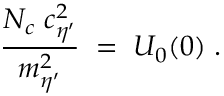
\frac { N _ { c } \; c _ { \eta ^ { \prime } } ^ { 2 } } { m _ { \eta ^ { \prime } } ^ { 2 } } \; = \; U _ { 0 } ( 0 ) \; .